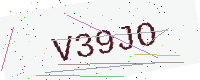
Text: V39JO